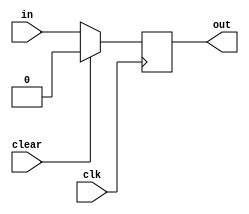
module regr (
	input clk,
	input clear,
	input wire [N-1:0] in,
	output reg [N-1:0] out);

	parameter N = 1;

	always @(posedge clk) begin
		if (clear)
			out <= {N{1'b0}};
		else
			out <= in;
	end
endmodule